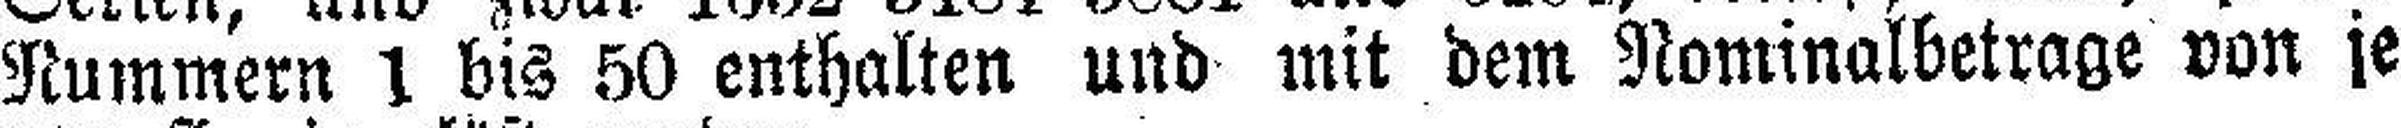
Nummern 1 bis 50 enthalten und mit dem Nominalbetrags von je